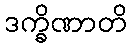
ဒက္ခိဏာတိ